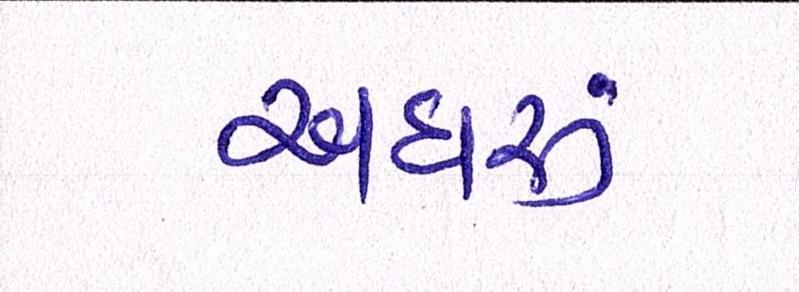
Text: અઘરું